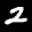
Label: 2